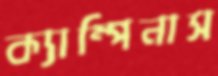
ক্যাম্পিনাস